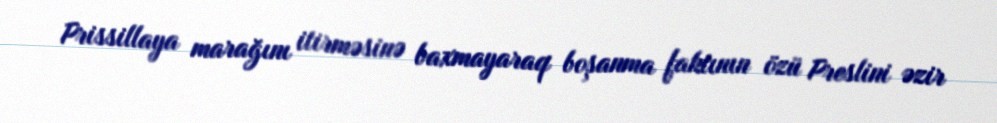
Prissillaya marağını itirməsinə baxmayaraq boşanma faktının özü Preslini əzir